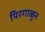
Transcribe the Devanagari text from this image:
पिरगाळुन